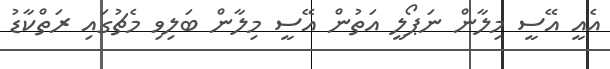
އެއީ އޭސީ މިލާން ނަޕޯލީ އަތުން އޭސީ މިލާން ބަލިވި މެޗުގައި ރަތްކާޑު